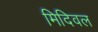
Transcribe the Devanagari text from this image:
मिदिवल